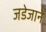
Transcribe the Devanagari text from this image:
जडेजाने